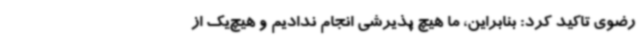
رضوی تاکید کرد: بنابراین، ما هیچ پذیرشی انجام ندادیم و هیچ‌یک از